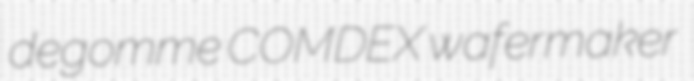
degomme COMDEX wafermaker